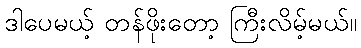
ဒါပေမယ့် တန်ဖိုးတော့ ကြီးလိမ့်မယ်။